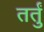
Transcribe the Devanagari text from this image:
तर्तुं